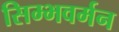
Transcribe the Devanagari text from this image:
सिम्भवर्मन